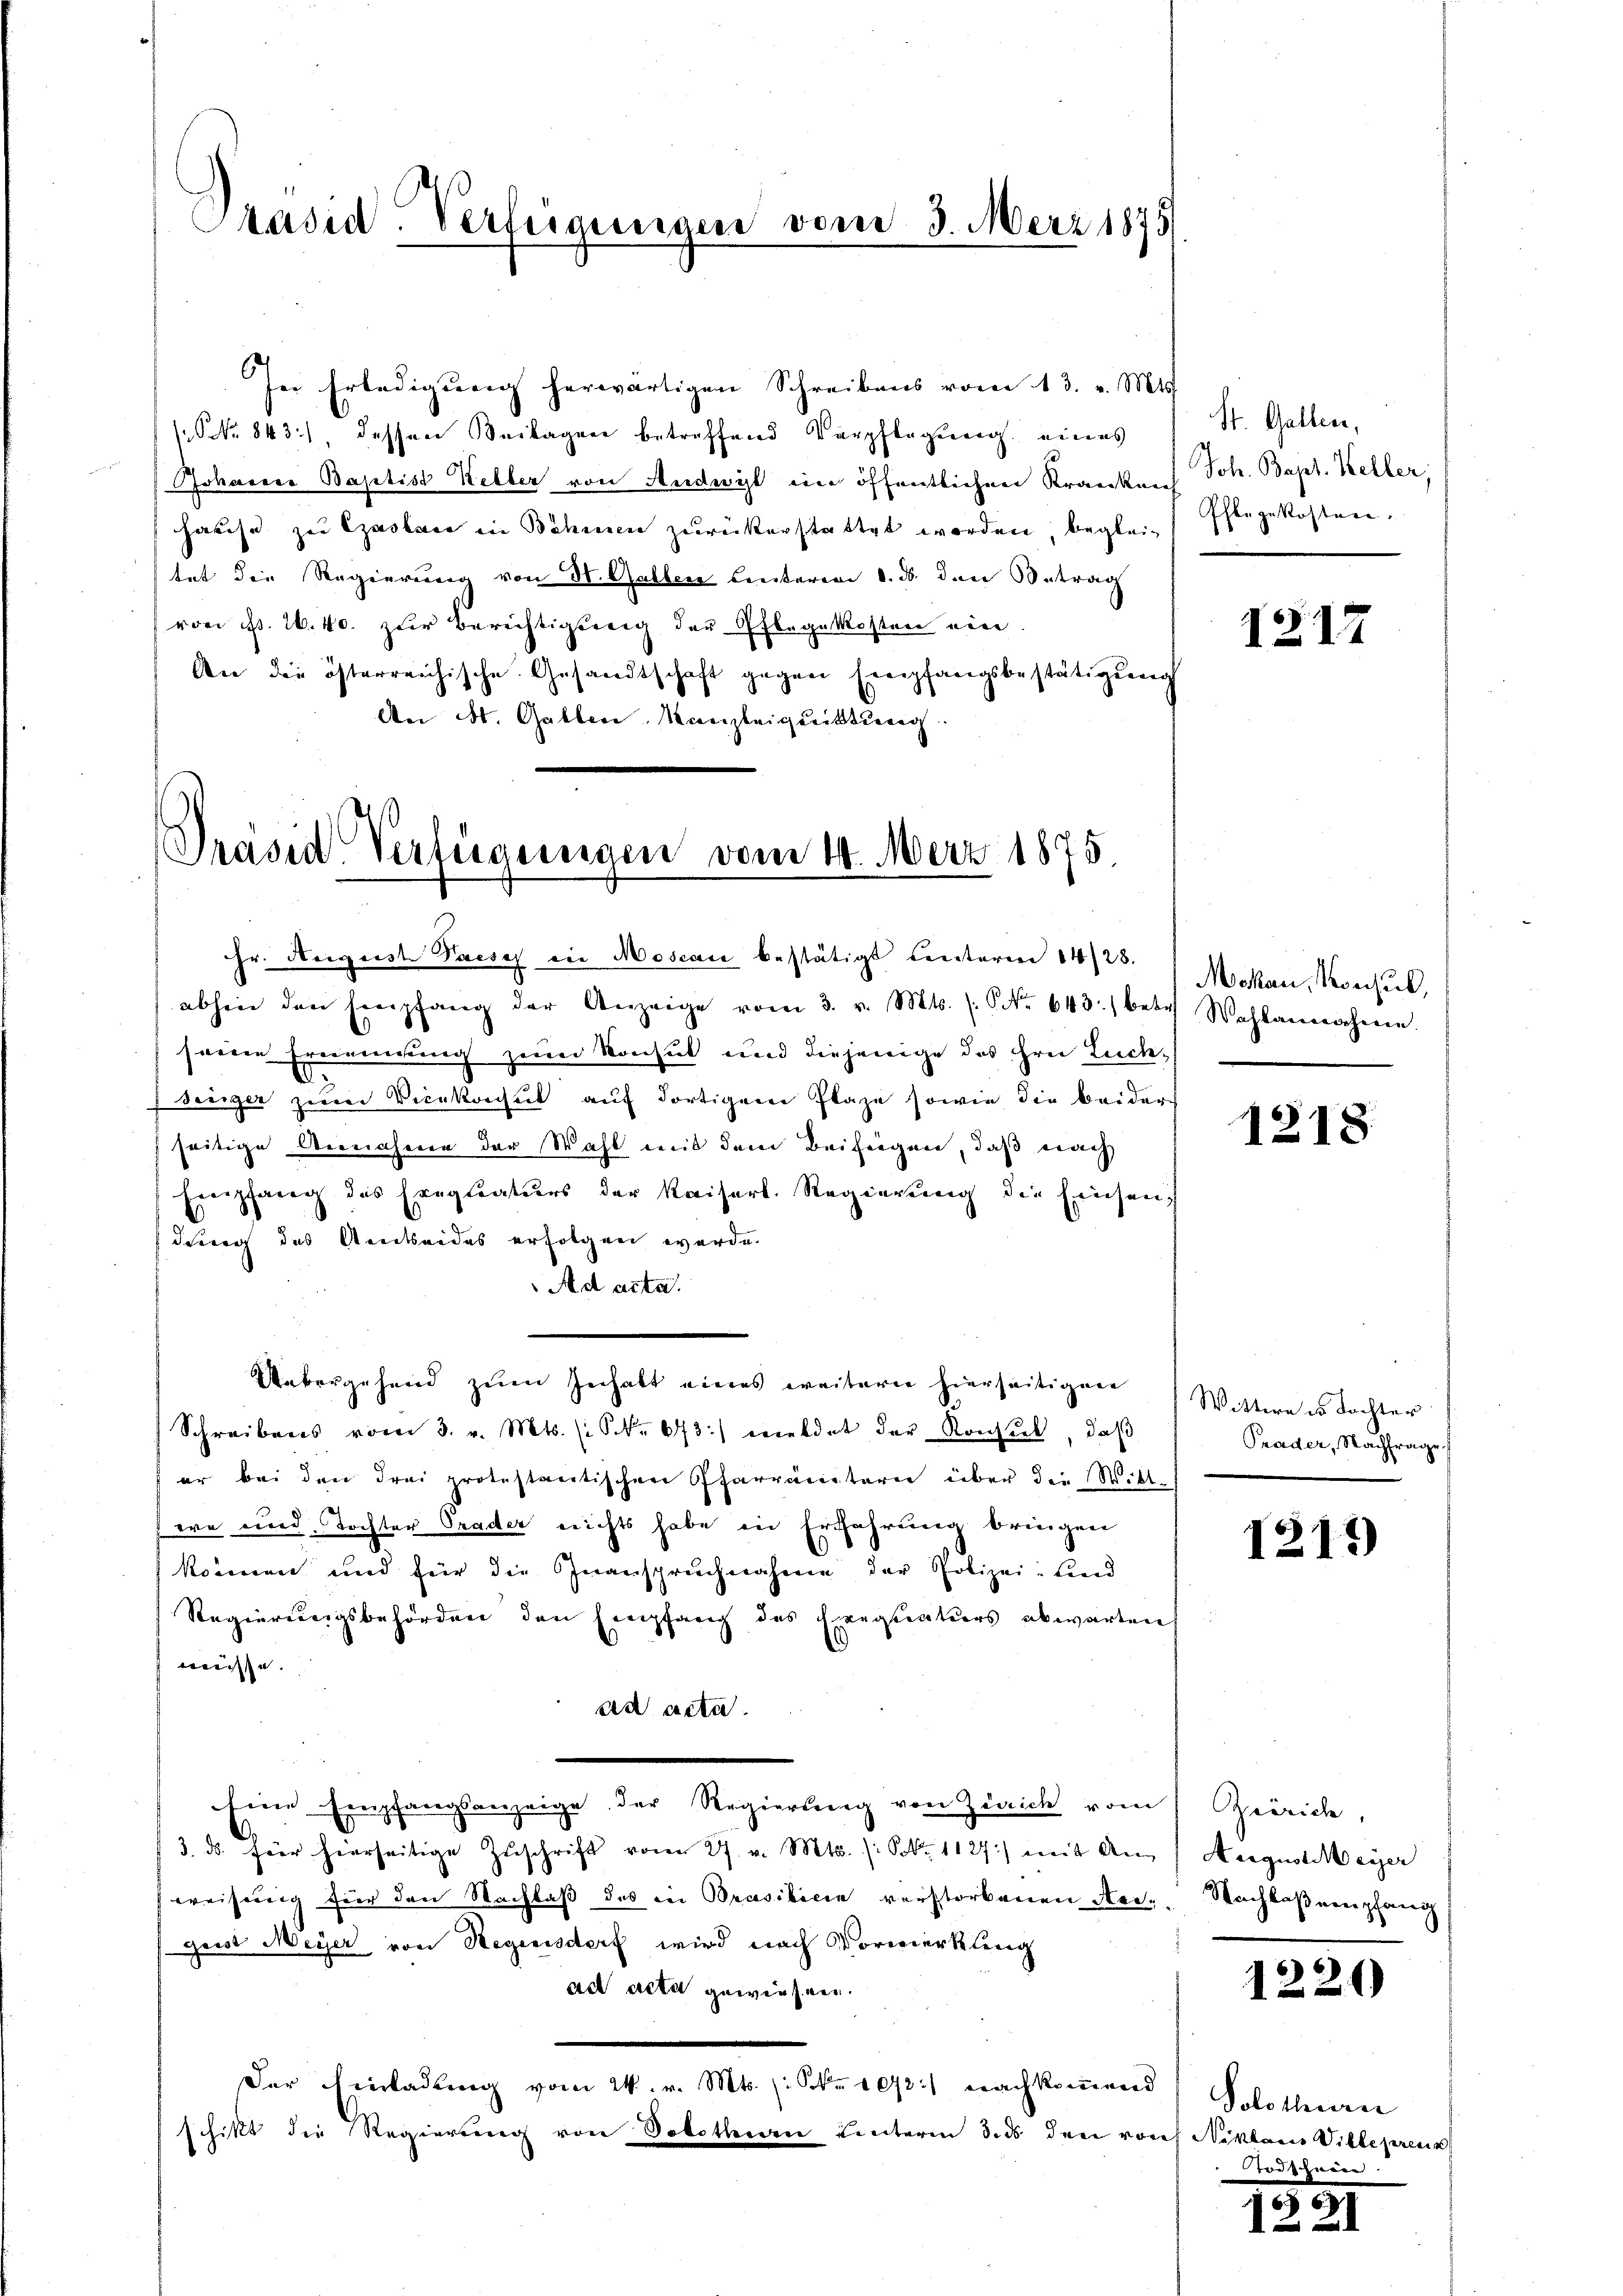
Präsid. Verfügungen vom 3. März 1875

In Erledigung herwärtigen Schreibens vom 13. v. Mts.
NNo. 843), dessen Beilagen betreffend Verpflegung eines
Johanere Baptist Ketter von Anderst ein öffentlichen Kranken
hause zu Czaslace in Böhmen zurückerstattet worden, begleitat die Regierung von St. Gallen hinteren d. d. den Betrag
von Fr. 26. 40. zur Berichtigung der Pflegekosten ein
An die österreichische Gesandtschaft gegen Empfangsbestätigung
An St. Gallen Kanzleiquittung.

Präsid Verfügungen vom 14. März 1875.

Hr. August Saeses in Moseau bestätigt leiteren 1428.

St. Gallen,
Joh. Bapt. Keller,
Ihlegekosten.

abhin den Empfang der Anzeige vom 3. v. Mts. (: No 643.) betr. Wahlanwohnen.
seine Ernennung zum Konsul und diejenige des Hrn. Luch-
seiger zum Vicekonsul auf dortigem Plaze sowie die beider
seitige Annahme der Wahl mit dem Beifiegen, daß nach
Empfang des Eregleaturs der Kaiserl. Regierung die Eisenfdung des Amtseides erfolgen werde.
Ad acta.
Uebergehend zum Gehalt eines weiteren hierseitigen
Schreibens vom 3. v. Mts. (: No 643) receldet der Konsuet, daß
er bei den drei protestantischen Pfarrämtern über die Wittea und Tochter Prader nichts habe in Erfahrung bringen
können und für die Inanspruchnahme der Polizei: Land
Regierungsbehörden den Empfang des Exequaturs abwarten
müsse.
ad acta.
Eine Empfangsanzeige, der Regierung von Zürich vom
3. ds für hierseitige Zuschrift vom 27. v. Mts. (: S. 1127) mit Anweisung für den Nachlaß des in Brasibicin verstorbenen Aerz. Nachbaßempfang
geist Meyer von Regensdorf wird nach Vormerkleng
ad acta geweisen.
Der Einladung vom 24. v. Mts. (: Nr. 1092) Nachkommerd
schikt die Regierung von Solothurn unterm 3. ds den vor Niklaus Villeprenn

1217

Mokau, Konsul,

1218.

Wittere es Tochter
Prader, Nachfrage.

1217)

Grörich,
Aregust Meyer

1220)

Solothurn
odschauer

357
I